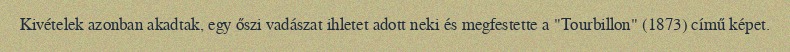
Kivételek azonban akadtak, egy őszi vadászat ihletet adott neki és megfestette a "Tourbillon" (1873) című képet.